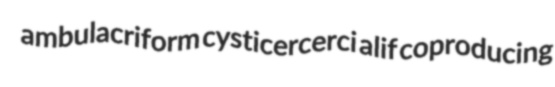
ambulacriform cysticercerci alif coproducing